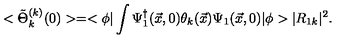
< \tilde { \Theta } _ { k } ^ { ( k ) } ( 0 ) > = < \phi | \int \Psi _ { 1 } ^ { \dagger } ( \vec { x } , 0 ) \theta _ { k } ( \vec { x } ) \Psi _ { 1 } ( \vec { x } , 0 ) | \phi > | R _ { 1 k } | ^ { 2 } .